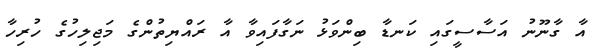
އާ ގާނޫނު އަސާސީގައި ކަނޑާ ބިންވަޅު ނަގާފައިވާ އާ ރައްޔިތުންގެ މަޖިލިހުގެ ހުރިހާ